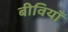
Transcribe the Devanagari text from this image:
बीवियाँ